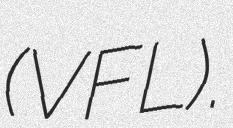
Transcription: (VFL).